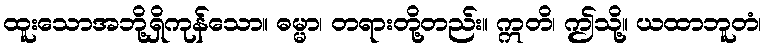
ထူးသောအဘို့ရှိကုန်သော။ ဓမ္မာ၊ တရားတို့တည်း။ ဣတိ၊ ဤသို့။ ယထာဘူတံ၊